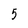
Character: 5